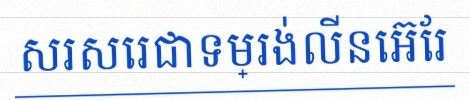
សរសេរជាទម្រង់លីនេអ៊ែរ